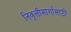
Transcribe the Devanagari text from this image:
निवृत्तीमार्गासाठी